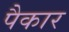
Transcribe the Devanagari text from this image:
पैकार